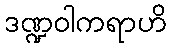
ဒဏ္ဍဝါကရာဟိ